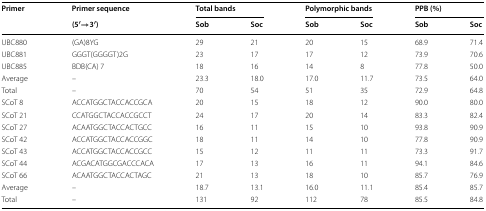
<table><thead><tr><td rowspan="2"><b>Primer</b></td><td><b>Primer sequence</b></td><td colspan="2"><b>Total bands</b></td><td colspan="2"><b>Polymorphic bands</b></td><td colspan="2"><b>PPB (%)</b></td></tr><tr><td><b>(5′→3′)</b></td><td><b>Sob</b></td><td><b>Soc</b></td><td><b>Sob</b></td><td><b>Soc</b></td><td><b>Sob</b></td><td><b>Soc</b></td></tr></thead><tbody><tr><td>UBC880</td><td>(GA)8YG</td><td>29</td><td>21</td><td>20</td><td>15</td><td>68.9</td><td>71.4</td></tr><tr><td>UBC881</td><td>GGGT(GGGGT)2G</td><td>23</td><td>17</td><td>17</td><td>12</td><td>73.9</td><td>70.6</td></tr><tr><td>UBC885</td><td>BDB(CA) 7</td><td>18</td><td>16</td><td>14</td><td>8</td><td>77.8</td><td>50.0</td></tr><tr><td>Average</td><td>–</td><td>23.3</td><td>18.0</td><td>17.0</td><td>11.7</td><td>73.5</td><td>64.0</td></tr><tr><td>Total</td><td>–</td><td>70</td><td>54</td><td>51</td><td>35</td><td>72.9</td><td>64.8</td></tr><tr><td>SCoT 8</td><td>ACCATGGCTACCACCGCA</td><td>20</td><td>15</td><td>18</td><td>12</td><td>90.0</td><td>80.0</td></tr><tr><td>SCoT 21</td><td>CCATGGCTACCACCGCCT</td><td>24</td><td>17</td><td>20</td><td>14</td><td>83.3</td><td>82.4</td></tr><tr><td>SCoT 27</td><td>ACAATGGCTACCACTGCC</td><td>16</td><td>11</td><td>15</td><td>10</td><td>93.8</td><td>90.9</td></tr><tr><td>SCoT 42</td><td>ACCATGGCTACCACCGGC</td><td>18</td><td>11</td><td>14</td><td>10</td><td>77.8</td><td>90.9</td></tr><tr><td>SCoT 43</td><td>ACCATGGCTACCACCGCC</td><td>15</td><td>12</td><td>11</td><td>11</td><td>73.3</td><td>91.7</td></tr><tr><td>SCoT 44</td><td>ACGACATGGCGACCCACA</td><td>17</td><td>13</td><td>16</td><td>11</td><td>94.1</td><td>84.6</td></tr><tr><td>SCoT 66</td><td>ACAATGGCTACCACTAGC</td><td>21</td><td>13</td><td>18</td><td>10</td><td>85.7</td><td>76.9</td></tr><tr><td>Average</td><td>–</td><td>18.7</td><td>13.1</td><td>16.0</td><td>11.1</td><td>85.4</td><td>85.7</td></tr><tr><td>Total</td><td>–</td><td>131</td><td>92</td><td>112</td><td>78</td><td>85.5</td><td>84.8</td></tr></tbody></table>